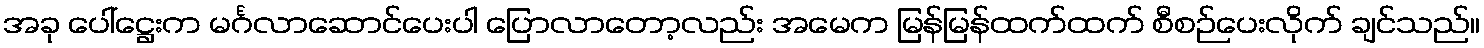
အခု ပေါ်ဋ္ဌေးက မင်္ဂလာဆောင်ပေးပါ ပြောလာတော့လည်း အမေက မြန်မြန်ထက်ထက် စီစဉ်ပေးလိုက် ချင်သည်။